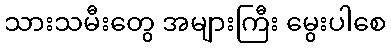
သားသမီးတွေ အများကြီး မွေးပါစေ